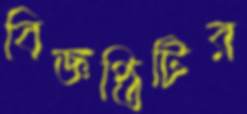
বিজ্ঞপ্তিটির